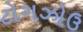
ટોગઝોઉ